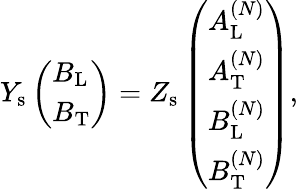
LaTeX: \begin{array}{r}{Y_{\mathrm{s}}\left(\begin{array}{l}{B_{\mathrm{L}}}\\ {B_{\mathrm{T}}}\end{array}\right)=Z_{\mathrm{s}}\left(\begin{array}{l}{A_{\mathrm{L}}^{(N)}}\\ {A_{\mathrm{T}}^{(N)}}\\ {B_{\mathrm{L}}^{(N)}}\\ {B_{\mathrm{T}}^{(N)}}\end{array}\right),}\end{array}